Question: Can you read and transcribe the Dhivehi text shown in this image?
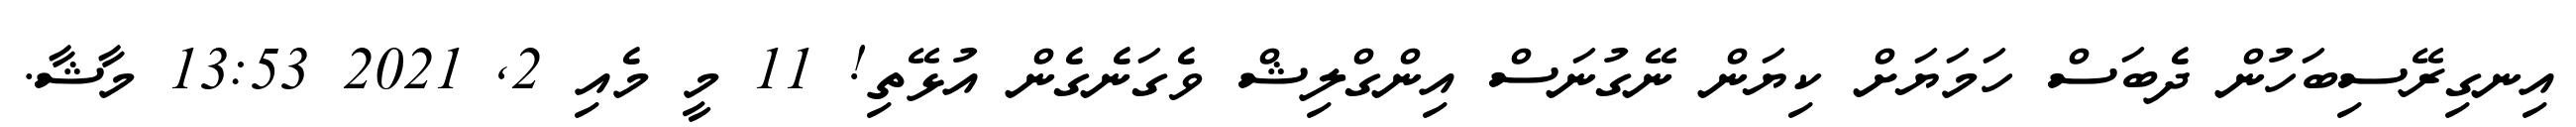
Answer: އިނގިރޭސިބަހުން ދެބަސް ހަމަޔަށް ކިޔަން ނޭގުނަސް އިންގްލިޝް ވެގަނެގެން އުޅޭތި! 11 މީ މެއި 2, 2021 13:53 މާޝާ.